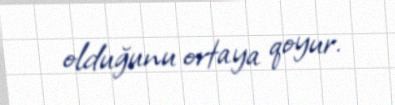
olduğunu ortaya qoyur.